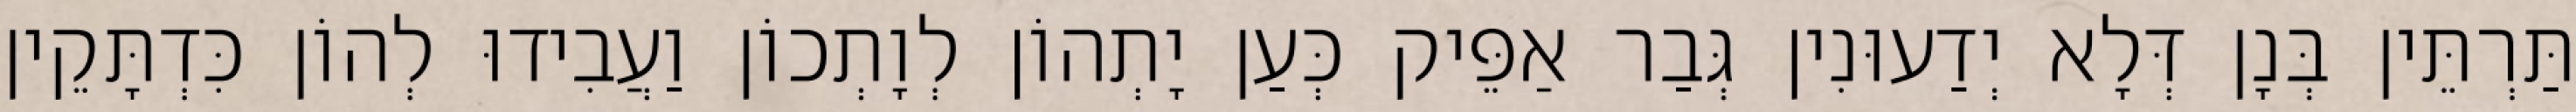
תַּרְתֵּין בְּנָן דְּלָא יְדַעוּנִין גְּבַר אַפֵּיק כְּעַן יָתְהוֹן לְוָתְכוֹן וַעֲבִידוּ לְהוֹן כִּדְתָּקֵין